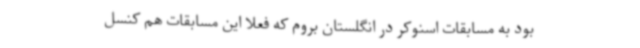
بود به مسابقات اسنوکر در انگلستان بروم که فعلا این مسابقات هم کنسل